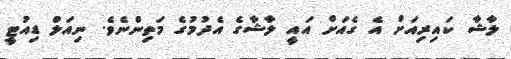
ލާޝާ ކައިރިއަށް އެ ގެއަށް އައީ ލާޝާގެ އެދުމުގެ މަތިންނެވެ. ނިއަލް ޑިއުޓީ